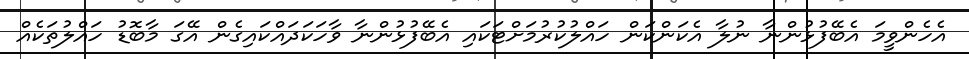
އެހެންވީމަ އެބޭފުޅުންނާ ނުލާ އެކަންކަން ހައްލުކުރުމަށްޓަކައި އެބޭފުޅުންނާ ވާހަކަދައްކައިގެން އޭގަ މާބޮޑު ހައްލުތަކެއް